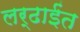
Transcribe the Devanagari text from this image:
लर्ढाईंत